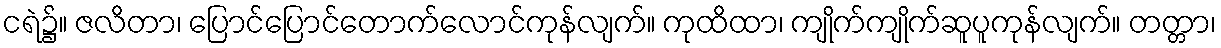
ငရဲ၌။ ဇလိတာ၊ ပြောင်ပြောင်တောက်လောင်ကုန်လျက်။ ကုထိထာ၊ ကျိုက်ကျိုက်ဆူပူကုန်လျက်။ တတ္တာ၊